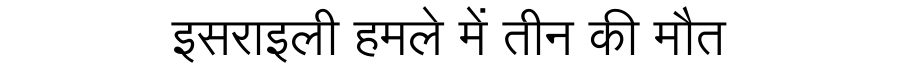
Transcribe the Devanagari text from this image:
इसराइली हमले में तीन की मौत